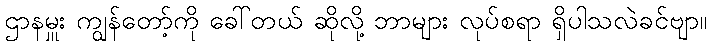
ဌာနမှူး ကျွန်တော့်ကို ခေါ်တယ် ဆိုလို့ ဘာများ လုပ်စရာ ရှိပါသလဲခင်ဗျာ။